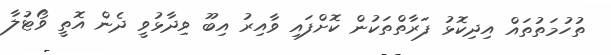
ތުހުމަތުތައް އިދިކޮޅު ފަރާތްތަކުން ކޮށްފައި ވާއިރު އިބޫ ވިދާޅުވީ ދެން އޮތީ ވޯޓުލާ